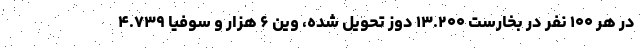
در هر ۱۰۰ نفر در بخارست ۱۳.۲۰۰ دوز تحویل شده، وین ۶ هزار و سوفیا ۴.۷۳۹